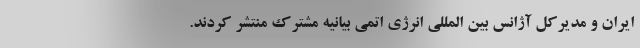
ایران و مدیرکل آژانس بین المللی انرژی اتمی بیانیه مشترک منتشر کردند.